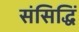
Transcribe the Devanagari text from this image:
संसिद्धिं